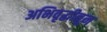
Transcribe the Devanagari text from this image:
अभिवृद्धीतून